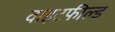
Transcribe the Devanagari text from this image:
वाइटफील्ड